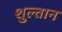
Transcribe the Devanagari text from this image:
शुल्तान